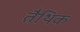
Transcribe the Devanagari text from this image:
तैथिक